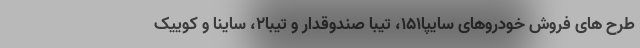
طرح های فروش خودروهای سایپا۱۵۱، تیبا صندوقدار و تیبا۲، ساینا و کوییک